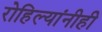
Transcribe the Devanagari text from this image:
रोहिल्यांनीही